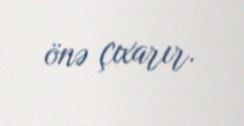
önə çıxarır.